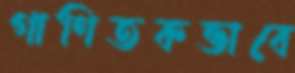
গাণিতকভাবে